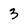
Character: 3